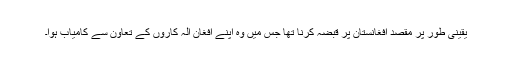
یقینی طور پر مقصد افغانستان پر قبضہ کرنا تھا جس میں وہ اپنے افغان آلہ کاروں کے تعاون سے کامیاب ہوا۔